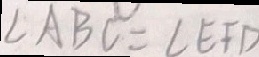
\angle A B C = \angle E F D